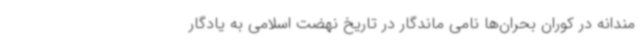
مندانه در کوران بحران‌ها نامی ماندگار در تاریخ نهضت اسلامی به یادگار